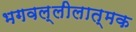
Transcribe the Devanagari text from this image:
भगवल्लीलात्मक